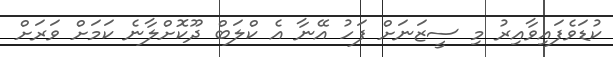
ކުޑަވެފައިވާއިރު މި ސީޒަނަށް ފަހު އޭނާ އެ ކްލަބް ދޫކޮށްލާނެ ކަމަށް ވަރަށް